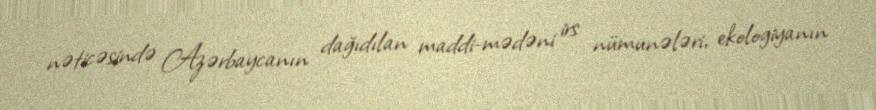
nəticəsində Azərbaycanın dağıdılan maddi-mədəni irs nümunələri, ekologiyanın